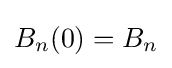
B_{n}(0)=B_{n}